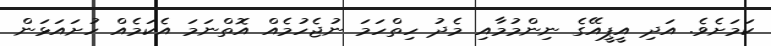
ކަމަށެވެ. އަދި އީޕީއޭގެ ނިންމުމާއި މެދު ހިތްހަމަ ނުޖެހުމެއް އޮތްނަމަ އެކަމެއް ހުށައަޅަން